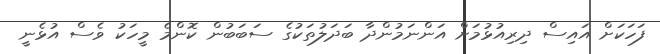
ފަހަކަށް އައިސް ދިރިއުޅުމަށް އަންނަމުންދާ ބަދަލުތަކުގެ ސަބަބުން ކޮންމެ މީހަކު ވެސް އުޅެނީ